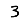
Digit: 3